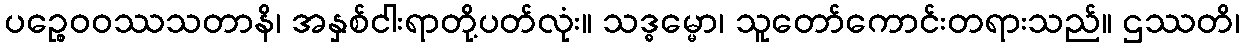
ပဉ္စေဝဝဿသတာနိ၊ အနှစ်ငါးရာတို့ပတ်လုံး။ သဒ္ဓမ္မော၊ သူတော်ကောင်းတရားသည်။ ဌဿတိ၊